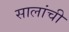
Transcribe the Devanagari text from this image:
सालांची